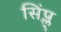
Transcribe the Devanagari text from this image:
सिंप्ल्